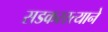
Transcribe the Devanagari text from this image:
सडकरस्त्याने